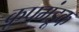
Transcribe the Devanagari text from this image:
कूपमंडूक